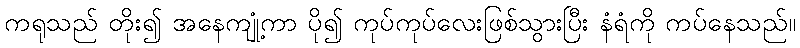
ကရုသည် တိုး၍ အနေကျုံ့ကာ ပို၍ ကုပ်ကုပ်လေးဖြစ်သွားပြီး နံရံကို ကပ်နေသည်။